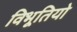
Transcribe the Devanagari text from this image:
विभूतियो